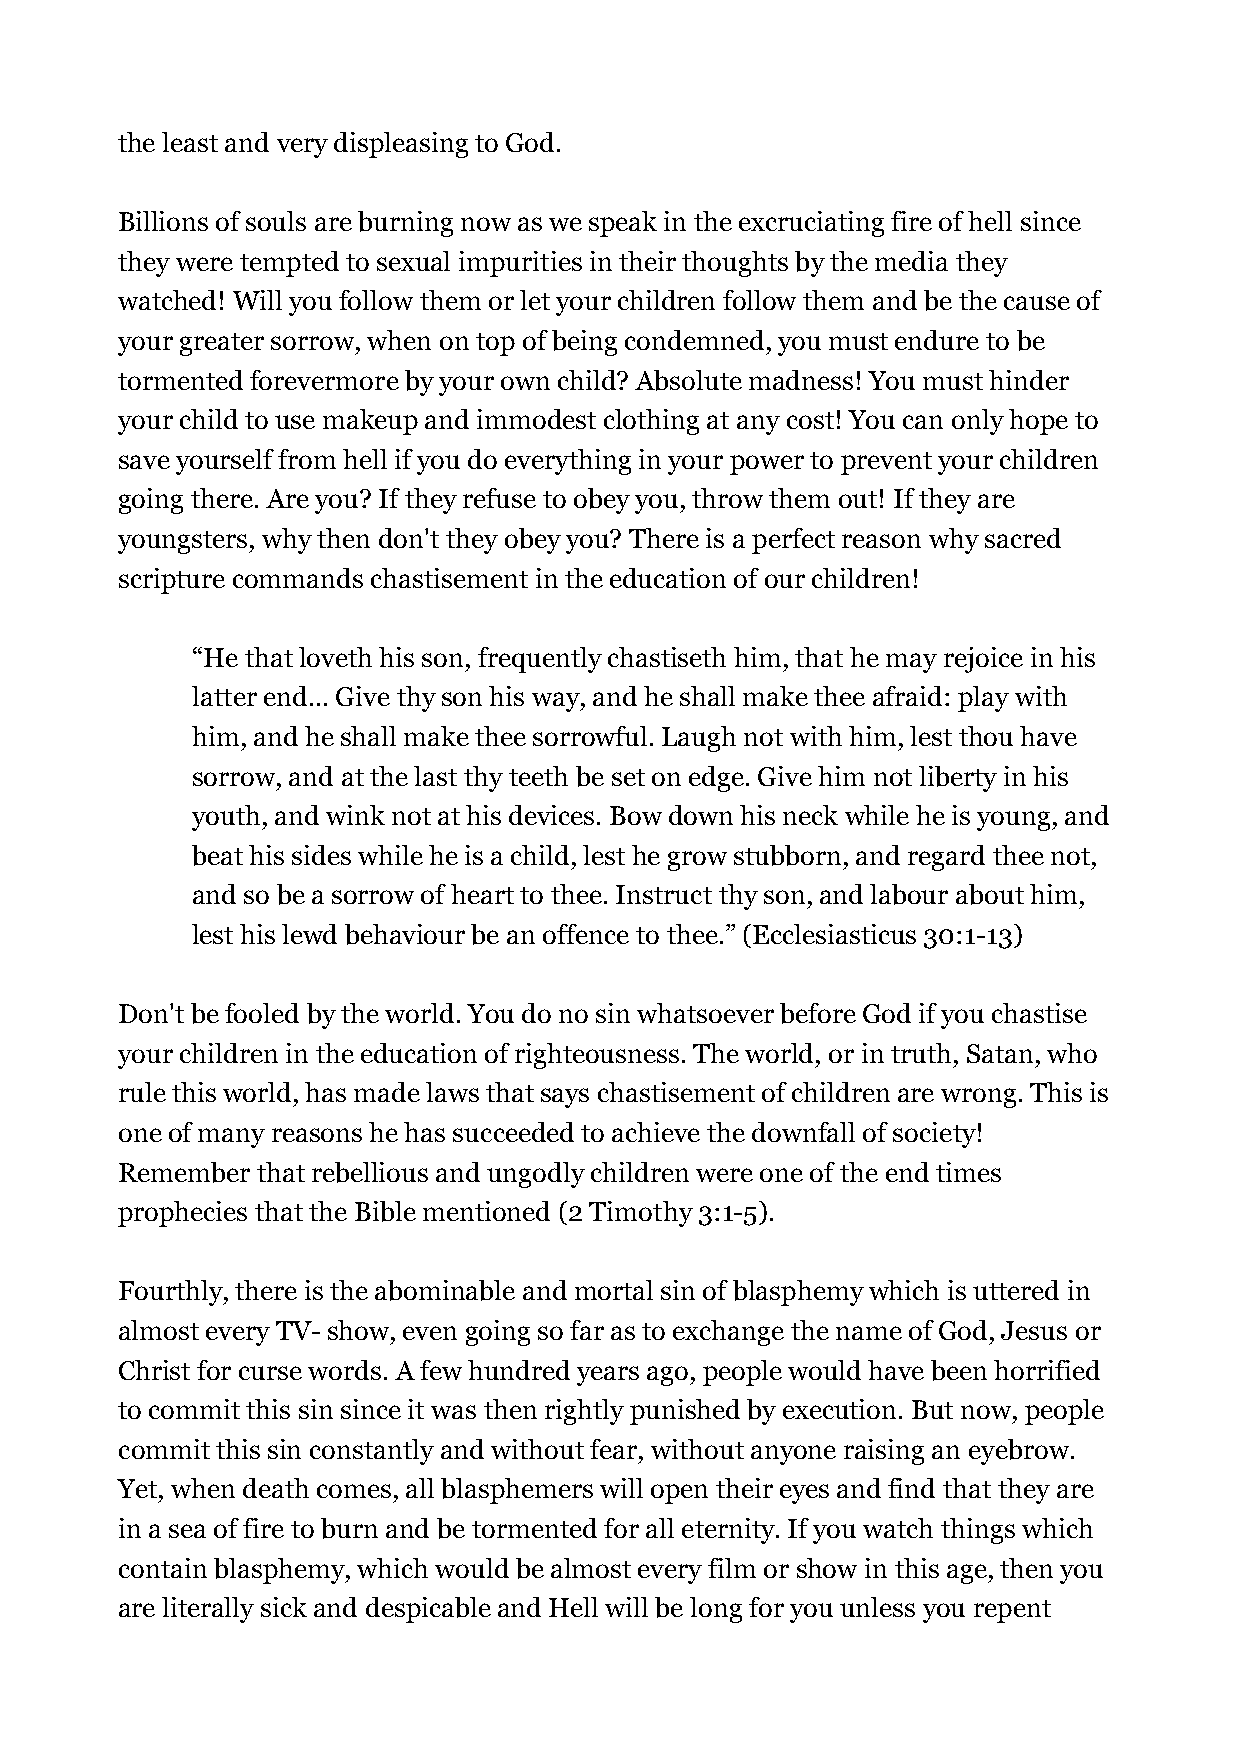
the least and very displeasing to God.
 Billions of souls are burning now as we speak in the excruciating fire of hell since
 they were tempted to sexual impurities in their thoughts by the media they
 watched! Will you follow them or let your children follow them and be the cause of
 your greater sorrow, when on top of being condemned, you must endure to be
 tormented forevermore by your own child? Absolute madness! You must hinder
 your child to use makeup and immodest clothing at any cost! You can only hope to
 save yourself from hell if you do everything in your power to prevent your children
 going there. Are you? If they refuse to obey you, throw them out! If they are
 youngsters, why then don't they obey you? There is a perfect reason why sacred
 scripture commands chastisement in the education of our children!
 “He that loveth his son, frequently chastiseth him, that he may rejoice in his
 latter end... Give thy son his way, and he shall make thee afraid: play with
 him, and he shall make thee sorrowful. Laugh not with him, lest thou have
 sorrow, and at the last thy teeth be set on edge. Give him not liberty in his
 youth, and wink not at his devices. Bow down his neck while he is young, and
 beat his sides while he is a child, lest he grow stubborn, and regard thee not,
 and so be a sorrow of heart to thee. Instruct thy son, and labour about him,
 lest his lewd behaviour be an offence to thee.” (Ecclesiasticus 30:1-13)
 Don't be fooled by the world. You do no sin whatsoever before God if you chastise
 your children in the education of righteousness. The world, or in truth, Satan, who
 rule this world, has made laws that says chastisement of children are wrong. This is
 one of many reasons he has succeeded to achieve the downfall of society!
 Remember that rebellious and ungodly children were one of the end times
 prophecies that the Bible mentioned (2 Timothy 3:1-5).
 Fourthly, there is the abominable and mortal sin of blasphemy which is uttered in
 almost every TV- show, even going so far as to exchange the name of God, Jesus or
 Christ for curse words. A few hundred years ago, people would have been horrified
 to commit this sin since it was then rightly punished by execution. But now, people
 commit this sin constantly and without fear, without anyone raising an eyebrow.
 Yet, when death comes, all blasphemers will open their eyes and find that they are
 in a sea of fire to burn and be tormented for all eternity. If you watch things which
 contain blasphemy, which would be almost every film or show in this age, then you
 are literally sick and despicable and Hell will be long for you unless you repent